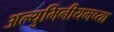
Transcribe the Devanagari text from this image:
अल्युमिनीयमच्या